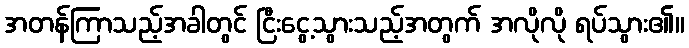
အတန်ကြာသည့်အခါတွင် ငြီးငွေ့သွားသည့်အတွက် အလိုလို ရပ်သွား၏။